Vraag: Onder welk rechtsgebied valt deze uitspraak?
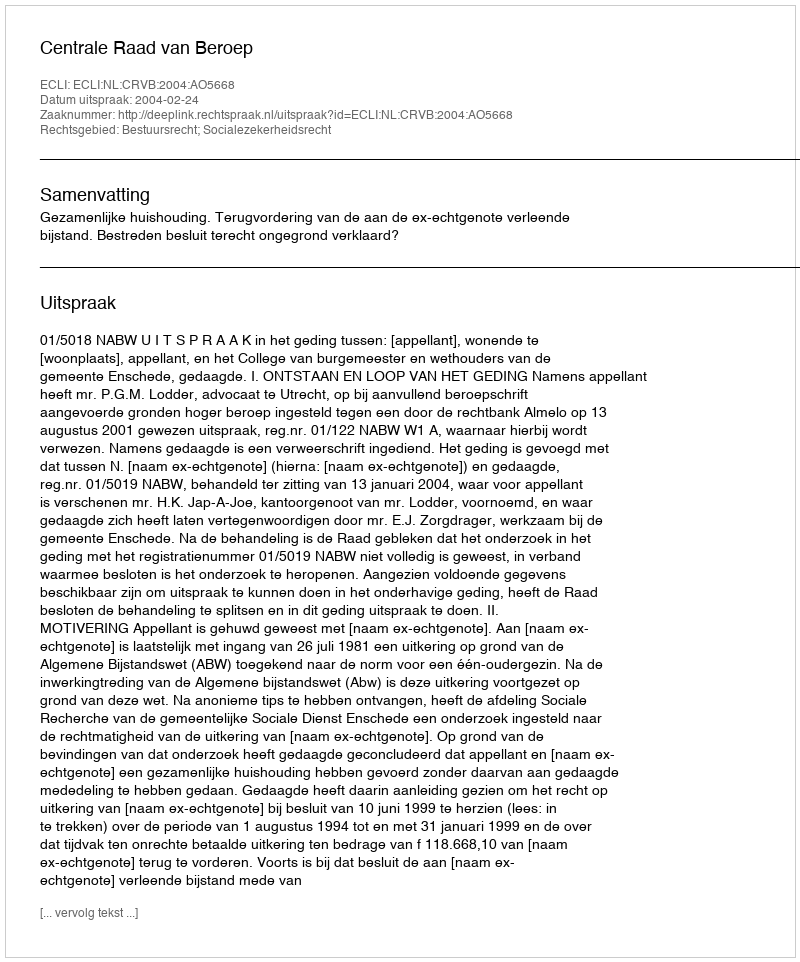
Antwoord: Bestuursrecht; Socialezekerheidsrecht